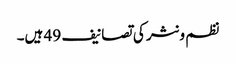
نظم و نثر کی تصانیف 49 ہیں۔